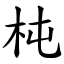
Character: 杶